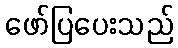
ဖော်ပြပေးသည်